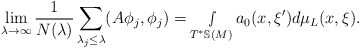
\begin{align*} \lim_{\lambda\rightarrow\infty} \frac{1}{N(\lambda)}\sum_{\lambda_{j}\leq \lambda}(A\phi_j,\phi_j)= \smallint_{T^*\mathbb{S}(M)}a_{0}(x,\xi')d\mu_L(x,\xi).\end{align*}